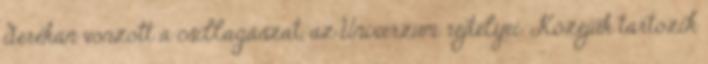
derekán vonzott a csillagászat, az Univerzum rejtélyei. Közéjük tartozik